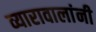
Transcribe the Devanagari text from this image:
व्यारावालांनी